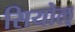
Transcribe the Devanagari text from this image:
सियोल्